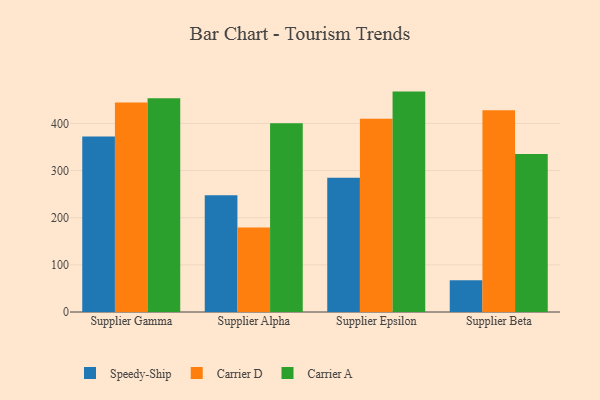
{"axis": {"x": "Supplier", "y": "Inventory Turnover"}, "legend": ["Carrier A", "Carrier D", "Speedy-Ship"], "data": [{"x": "Supplier Gamma", "y": 372.3, "type": "Speedy-Ship"}, {"x": "Supplier Gamma", "y": 444.4, "type": "Carrier D"}, {"x": "Supplier Gamma", "y": 453.4, "type": "Carrier A"}, {"x": "Supplier Alpha", "y": 247.8, "type": "Speedy-Ship"}, {"x": "Supplier Alpha", "y": 179.4, "type": "Carrier D"}, {"x": "Supplier Alpha", "y": 400.6, "type": "Carrier A"}, {"x": "Supplier Epsilon", "y": 284.6, "type": "Speedy-Ship"}, {"x": "Supplier Epsilon", "y": 410.1, "type": "Carrier D"}, {"x": "Supplier Epsilon", "y": 467.5, "type": "Carrier A"}, {"x": "Supplier Beta", "y": 67.5, "type": "Speedy-Ship"}, {"x": "Supplier Beta", "y": 427.7, "type": "Carrier D"}, {"x": "Supplier Beta", "y": 334.9, "type": "Carrier A"}]}